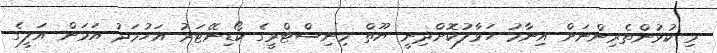
މި ކުޅުންތެރިންނަށް އިނާމު ހަވާލުކޮށްދިނީ ޔޫތް މިނިސްޓްރީގެ ކޯޑިނޭޓަރު އަހުމަދު އަމަން އަލީގެ